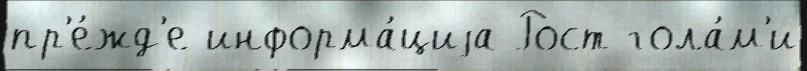
пр'е́жд'е информа́циjа Рост гола́м'и